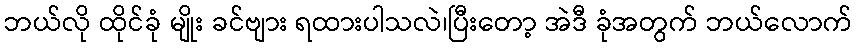
ဘယ်လို ထိုင်ခုံ မျိုး ခင်ဗျား ရထားပါသလဲ၊ပြီးတော့ အဲဒီ ခုံအတွက် ဘယ်လောက်